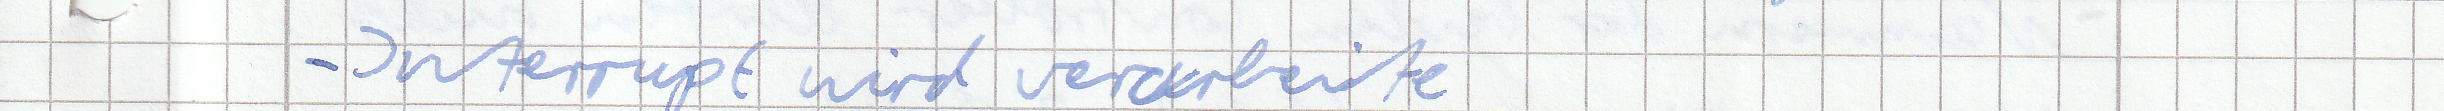
- Interrupt wird verarbeite